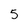
Character: 5